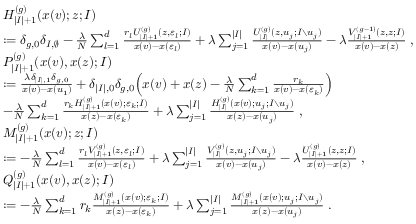
\begin{array} { r l } & { H _ { | I | + 1 } ^ { ( g ) } ( x ( v ) ; z ; I ) } \\ & { : = \delta _ { g , 0 } \delta _ { I , \emptyset } - \frac { \lambda } { N } \sum _ { l = 1 } ^ { d } \frac { r _ { l } U _ { | I | + 1 } ^ { ( g ) } ( z , \varepsilon _ { l } ; I ) } { x ( v ) - x ( \varepsilon _ { l } ) } + \lambda \sum _ { j = 1 } ^ { | I | } \frac { U _ { | I | } ^ { ( g ) } ( z , u _ { j } ; I { \setminus } u _ { j } ) } { x ( v ) - x ( u _ { j } ) } - \lambda \frac { V _ { | I | + 1 } ^ { ( g - 1 ) } ( z , z ; I ) } { x ( v ) - x ( z ) } \; , } \\ & { P _ { | I | + 1 } ^ { ( g ) } ( x ( v ) , x ( z ) ; I ) } \\ & { : = \frac { \lambda \delta _ { | I | , 1 } \delta _ { g , 0 } } { x ( v ) - x ( u _ { 1 } ) } + \delta _ { | I | , 0 } \delta _ { g , 0 } \Big ( x ( v ) + x ( z ) - \frac { \lambda } { N } \sum _ { k = 1 } ^ { d } \frac { r _ { k } } { x ( v ) - x ( \varepsilon _ { k } ) } \Big ) } \\ & { - \frac { \lambda } { N } \sum _ { k = 1 } ^ { d } \frac { r _ { k } H _ { | I | + 1 } ^ { ( g ) } ( x ( v ) ; \varepsilon _ { k } ; I ) } { x ( z ) - x ( \varepsilon _ { k } ) } + \lambda \sum _ { j = 1 } ^ { | I | } \frac { H _ { | I | } ^ { ( g ) } ( x ( v ) ; u _ { j } ; I \setminus u _ { j } ) } { x ( z ) - x ( u _ { j } ) } \; , } \\ & { M _ { | I | + 1 } ^ { ( g ) } ( x ( v ) ; z ; I ) } \\ & { : = - \frac { \lambda } { N } \sum _ { l = 1 } ^ { d } \frac { r _ { l } V _ { | I | + 1 } ^ { ( g ) } ( z , \varepsilon _ { l } ; I ) } { x ( v ) - x ( \varepsilon _ { l } ) } + \lambda \sum _ { j = 1 } ^ { | I | } \frac { V _ { | I | } ^ { ( g ) } ( z , u _ { j } ; I { \setminus } u _ { j } ) } { x ( v ) - x ( u _ { j } ) } - \lambda \frac { U _ { | I | + 1 } ^ { ( g ) } ( z , z ; I ) } { x ( v ) - x ( z ) } \; , } \\ & { Q _ { | I | + 1 } ^ { ( g ) } ( x ( v ) , x ( z ) ; I ) } \\ & { : = - \frac { \lambda } { N } \sum _ { k = 1 } ^ { d } r _ { k } \frac { M _ { | I | + 1 } ^ { ( g ) } ( x ( v ) ; \varepsilon _ { k } ; I ) } { x ( z ) - x ( \varepsilon _ { k } ) } + \lambda \sum _ { j = 1 } ^ { | I | } \frac { M _ { | I | + 1 } ^ { ( g ) } ( x ( v ) ; u _ { j } ; I { \setminus } u _ { j } ) } { x ( z ) - x ( u _ { j } ) } \; . } \end{array}